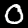
Digit: 0